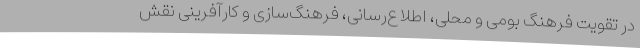
در تقویت فرهنگ بومی و محلی، اطلاع‌رسانی، فرهنگ‌سازی و کارآفرینی نقش